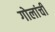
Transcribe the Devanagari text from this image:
गोलांची